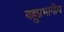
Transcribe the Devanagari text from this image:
बहुप्रभागीय